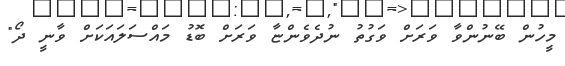
މީހުން ބޭނުންވާ ވަރަށް ވަގުތު ނުދެވެންޏާ ވަރަށް ބޮޑު މައްސަލައަކަށް ވާނީ ދޯ"